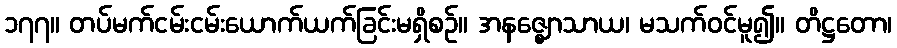
၁၇၇။ တပ်မက်ငမ်းငမ်းယောက်ယက်ခြင်းမရှိစဉ်။ အနဇ္ဈောသာယ၊ မသက်ဝင်မူ၍။ တိဋ္ဌတော၊